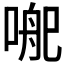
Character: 𭉄